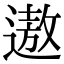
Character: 遨